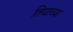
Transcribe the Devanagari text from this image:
तियाच्या